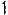
1